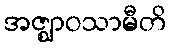
အဇ္ဈာဝသာမီတိ